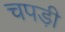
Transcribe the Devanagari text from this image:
चपड़ी